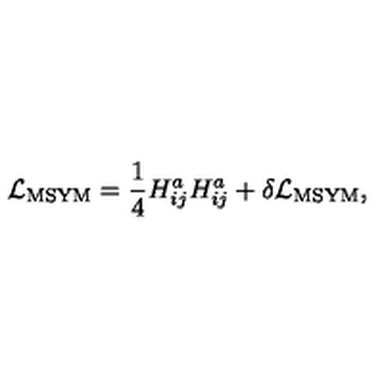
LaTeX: { \cal L } _ { \mathrm { M S Y M } } = { \frac { 1 } { 4 } } H _ { i j } ^ { a } H _ { i j } ^ { a } + \delta { \cal L } _ { \mathrm { M S Y M } } ,